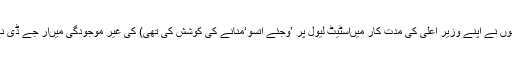
سپریمو لالو پرساد (جنھوں نے اپنے وزیر اعلیٰ کی مدت کار میںاسٹیٹ لیول پر ’وجئے اتسو‘منانے کی کوشش کی تھی) کی غیر موجودگی میںآر جے ڈی نے بھی اس کا انعقاد کیا۔